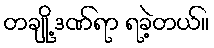
တချို့ ဒဏ်ရာ ရခဲ့တယ်။